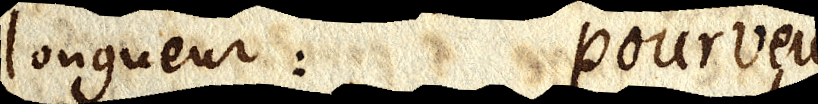
longueur: pourveu